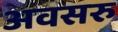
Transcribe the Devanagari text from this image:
अवसरु